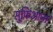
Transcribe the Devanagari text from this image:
सुफ़िआना